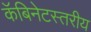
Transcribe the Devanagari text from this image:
कॅबिनेटस्तरीय